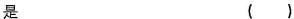
是()